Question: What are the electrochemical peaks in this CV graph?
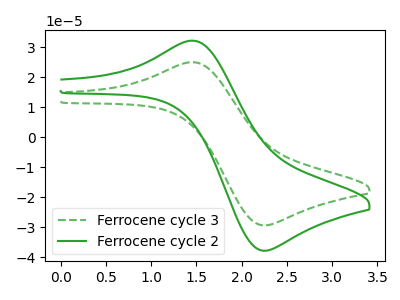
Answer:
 <answer>The green dashed curve "Ferrocene cycle 3" has an anodic peak at (1.50V, 24.90uA) and a cathodic peak at (2.25V, -29.40uA). The green curve "Ferrocene cycle 2" has an anodic peak at (1.50V, 32.05uA) and a cathodic peak at (2.25V, -37.85uA).</answer>
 <eval></eval>